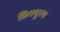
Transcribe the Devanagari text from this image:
क्रिस्चुरच